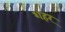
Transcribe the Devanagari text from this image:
शहर